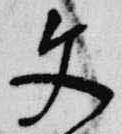
文